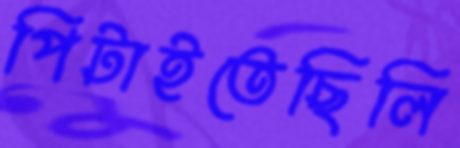
পিটাইতেছিলি